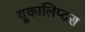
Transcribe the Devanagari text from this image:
यूकालिप्टस